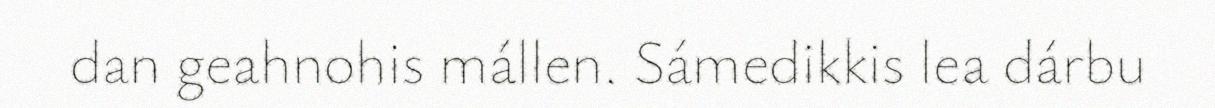
dan geahnohis mállen. Sámedikkis lea dárbu